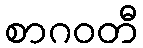
စာဂဝတီ